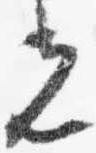
光